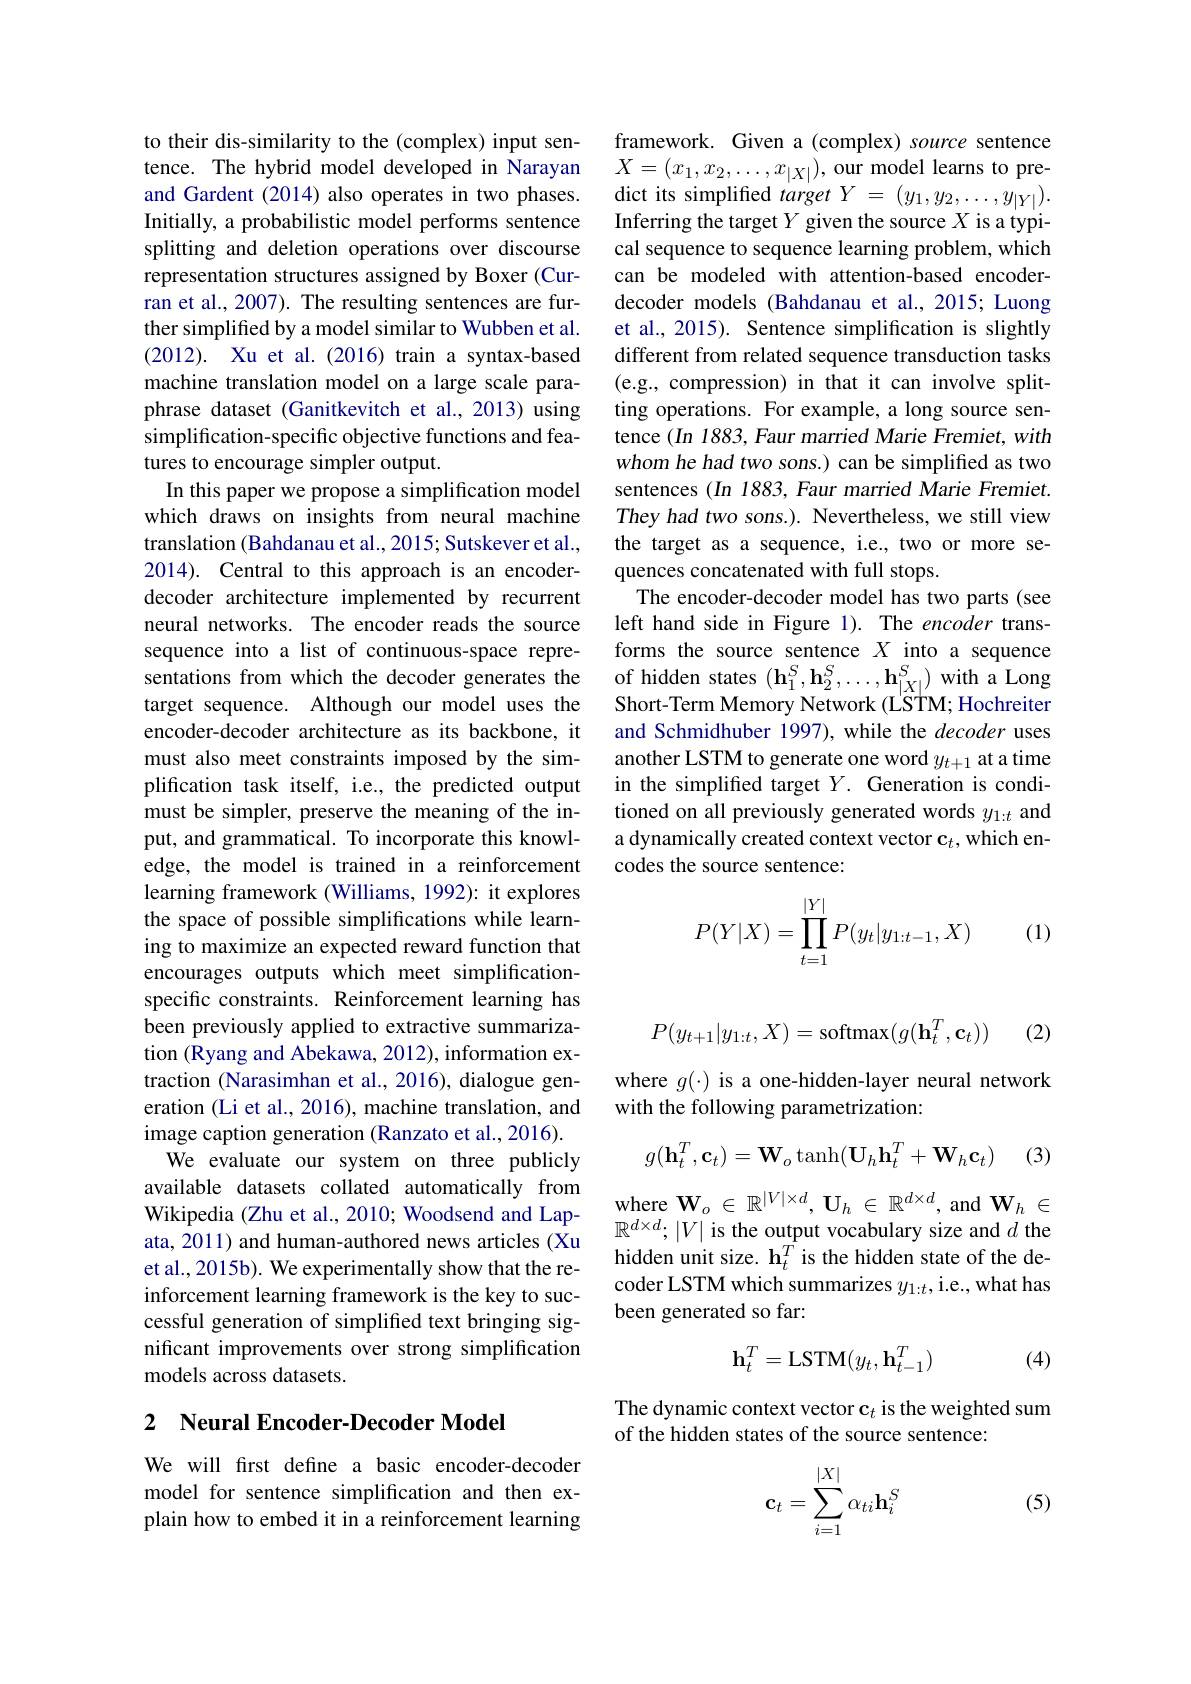
to their dis-similarity to the (complex) input sentence. The hybrid model developed in Narayan and Gardent (2014) also operates in two phases. Initially, a probabilistic model performs sentence splitting and deletion operations over discourse representation structures assigned by Boxer (Curran et al., 2007). The resulting sentences are further simplifed by a model similar to Wubben et al. (2012). Xu et al.(2016) train a syntax-based machine translation model on a large scale paraphrase dataset (Ganitkevitch et al., 2013) using simplification-specific objective functions and features to encourage simpler output.
In this paper we propose a simplification model which draws on insights from neural machine translation (Bahdanau et al., 2015; Sutskever et al., 2014). Central to this approach is an encoderdecoder architecture implemented by recurrent neural networks. The encoder reads the source sequence into a list of continuous-space representations from which the decoder generates the target sequence. Although our model uses the encoder-decoder architecture as its backbone, it must also meet constraints imposed by the simplification task itself, i.e., the predicted output must be simpler, preserve the meaning of the input, and grammatical. To incorporate this knowledge, the model is trained in a reinforcement learning framework (Williams, 1992): it explores the space of possible simplifications while learning to maximize an expected reward function that encourages outputs which meet simplificationspecific constraints. Reinforcement learning has been previously applied to extractive summarization (Ryang and Abekawa, 2012), information extraction (Narasimhan et al., 2016), dialogue generation (Li et al., 2016), machine translation, and image caption generation (Ranzato et al., 2016).
We evaluate our system on three publicly available datasets collated automatically from Wikipedia (Zhu et al., 2010; Woodsend and Lapata, 2011) and human-authored news articles (Xu et al., 2015b). We experimentally show that the reinforcement learning framework is the key to successful generation of simplified text bringing significant improvements over strong simplification models across datasets.

## 2 Neural Encoder-Decoder Model

We will frst define a basic encoder-decoder model for sentence simplification and then explain how to embed it in a reinforcement learning

framework. Given a(complex) source sentence $X=(x_{1},x_{2},\ldots,x_{|X|})$,our model learns to predict its simplified $targetY=(y_1,y_2,\ldots,y_{|Y|}).$ Inferring the target $Y$ given the source $X$ is a typical sequence to sequence learning problem, which can be modeled with attention-based encoderdecoder models (Bahdanau et al.,2015; Luong et al., 2015). Sentence simplification is slightly different from related sequence transduction tasks (e.g., compression) in that it can involve splitting operations. For example, a long source sentence $(In$ 1883, Faur married Marie Fremiet, with whom he had two sons.) can be simplified as two sentences (In 1883, Faur married Marie Fremiet. They had two sons.). Nevertheless, we still view the target as a sequence, i.e., two or more sequences concatenated with full stops.
The encoder-decoder model has two parts (see left hand side in Figure 1). The encoder transforms the source sentence $X$ into a sequence of hidden states $(\mathbf{h}_1^S,\mathbf{h}_2^S,\ldots,\mathbf{h}_{|X|}^S)$ with a Long Short-Term Memory Network (LSTM; Hochreiter and Schmidhuber 1997), while the decoder uses another LSTM to generate one word $y_{t+1}$ at a time in the simplifed target $Y.$ Generation is conditioned on all previously generated words $y_{1:t}$ and a dynamically created context vector $\mathbf{c}_t$,which encodes the source sentence:
$$P(Y|X)=\prod\limits_{t=1}^{|Y|}P(y_t|y_{1:t-1},X)$$
(1)

(2)
$$P(y_{t+1}|y_{1:t},X)=\mathrm{softmax}(g(\mathbf{h}_t^T,\mathbf{c}_t))$$
where $g(\cdot)$ is a one-hidden-layer neural network
with the following parametrization:
$$g(\mathbf{h}_t^T,\mathbf{c}_t)=\mathbf{W}_o\tanh(\mathbf{U}_h\mathbf{h}_t^T+\mathbf{W}_h\mathbf{c}_t)$$
(3)

where $\mathbf{W}_o\in\mathbb{R}^{|V|\times d},\mathbf{U}_h\in\mathbb{R}^{d\times d}$, and $\mathbf{W}_h\in$ $\mathbb{R}^{d\times d};|V|$ is the output vocabulary size and $d$ the hidden unit size. $\mathbf{h}_{t}^{T}$ is the hidden state of the decoder LSTM which summarizes $y_{1:t}$, i.e., what has been generated so far:
$$\mathbf{h}_t^T=\mathrm{LSTM}(y_t,\mathbf{h}_{t-1}^T)$$
(4)

The dynamic context vector c$_t$ is the weighted sum
of the hidden states of the source sentence:
$$\mathbf{c}_t=\sum\limits_{i=1}^{|X|}\alpha_{ti}\mathbf{h}_i^S$$
(5)